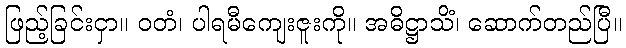
ဖြည့်ခြင်းငှာ။ ဝတံ၊ ပါရမီကျေးဇူးကို။ အဓိဋ္ဌာသိံ၊ ဆောက်တည်ပြီ။